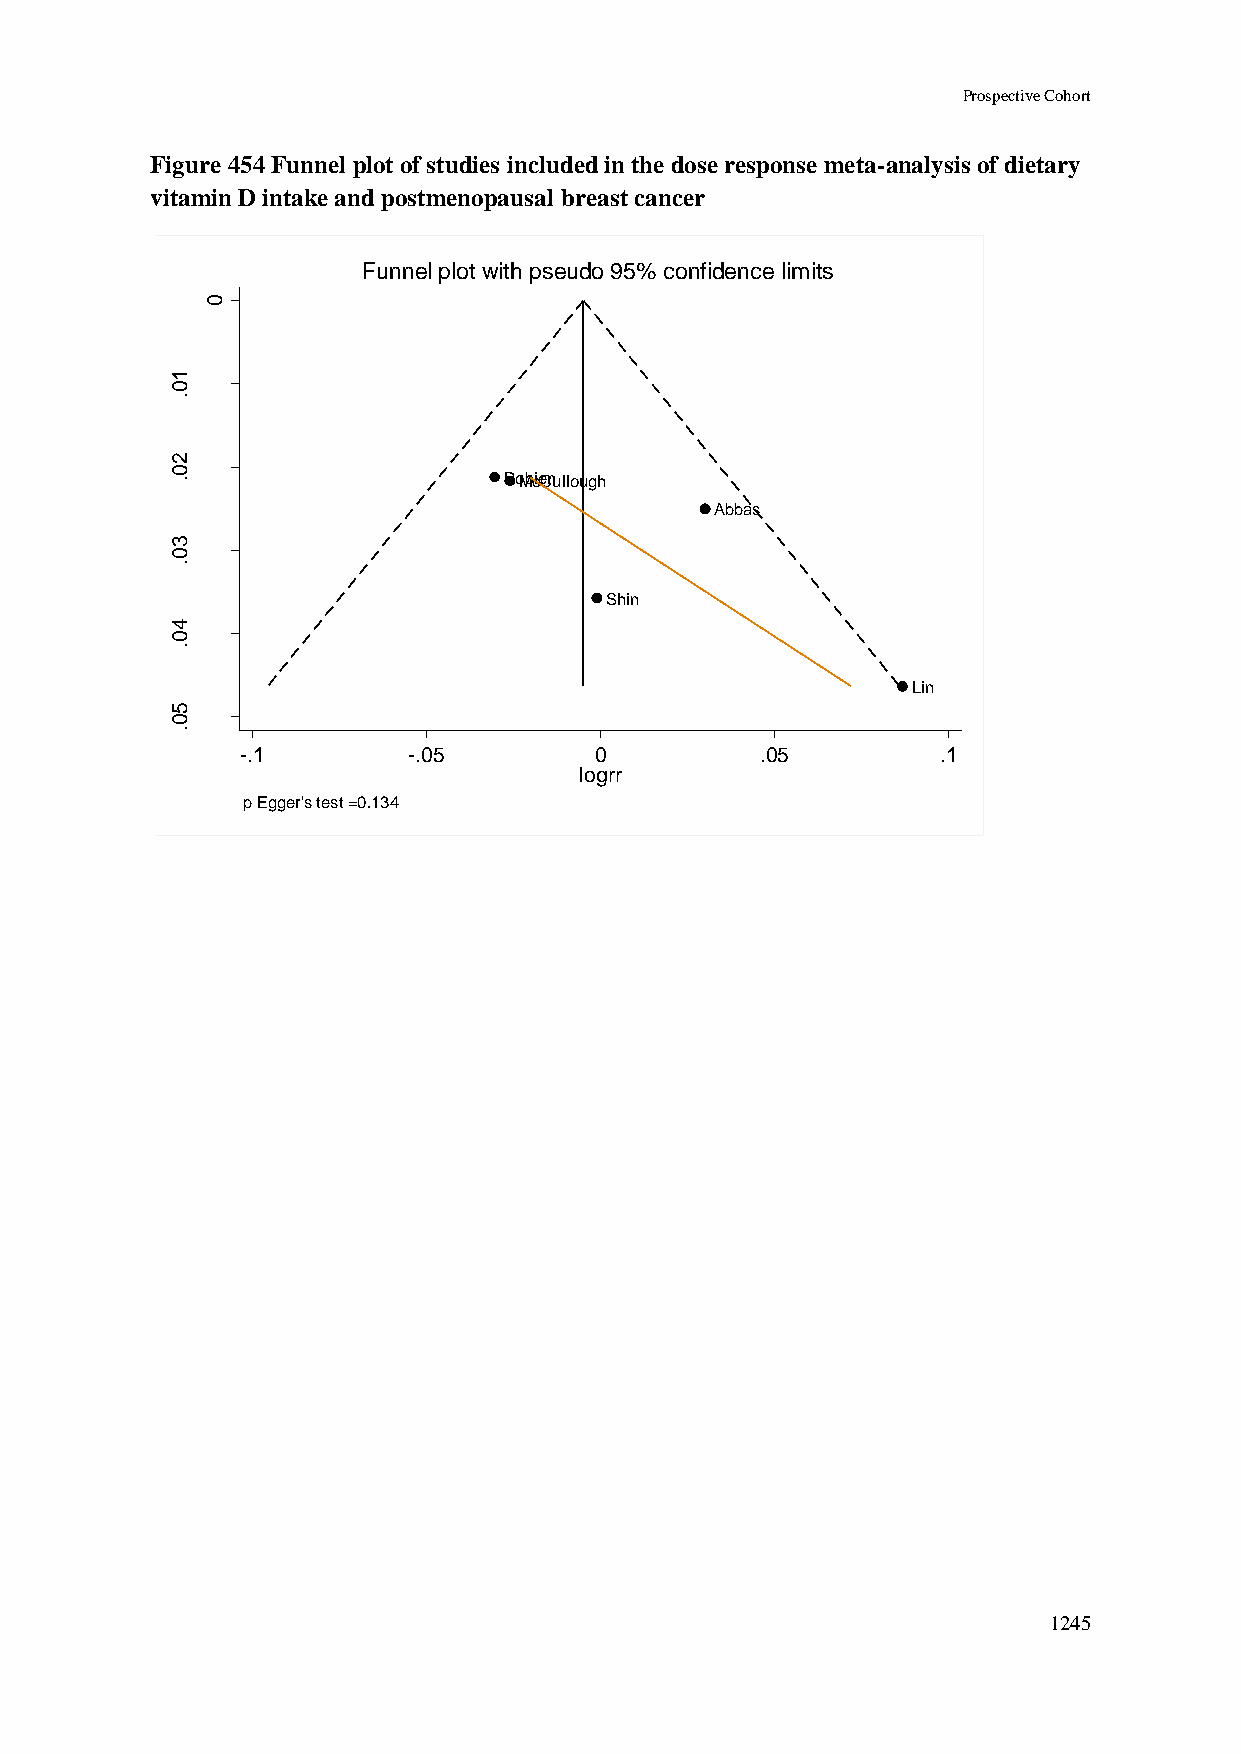
Prospective Cohort
 Figure 454 Funnel plot of studies included in the dose response meta-analysis of dietary
 vitamin D intake and postmenopausal breast cancer
 Funnel plot with pseudo 95% confidence limits
 0
 1
 0
 .
 r       2
 r       0
 g       .                     RoMbcieCnullough
 o
 l
 fo                                          Abbas
 .e
 3
 .s      0
 .
 Shin
 4
 0
 .
 Lin
 5
 0
 .
 -.1        -.05        0          .05         .1
 logrr
 p Egger's test =0.134
 1245